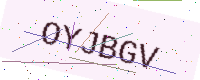
Text: OYJBGV